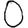
Digit: 0